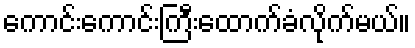
ကောင်းကောင်းကြီးထောက်ခံလိုက်မယ်။